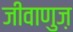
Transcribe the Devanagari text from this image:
जीवाणुज़